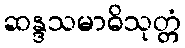
ဆန္ဒသမာဓိသုတ္တံ